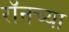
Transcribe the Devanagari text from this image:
रॉनच्या